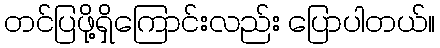
တင်ပြဖို့ရှိကြောင်းလည်း ပြောပါတယ်။